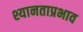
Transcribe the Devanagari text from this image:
श्यानताप्रभाव